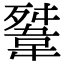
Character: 𩎳